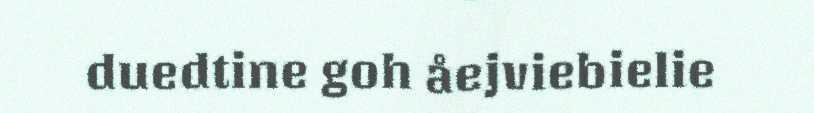
duedtine goh åejviebielie